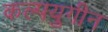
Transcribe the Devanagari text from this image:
कल्पयुगीन